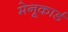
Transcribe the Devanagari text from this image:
मेनूकार्ड